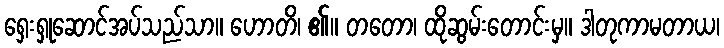
ရှေးရှုဆောင်အပ်သည်သာ။ ဟောတိ၊ ၏။ တတော၊ ထိုဆွမ်းတောင်းမှ။ ဒါတုကာမတာယ၊